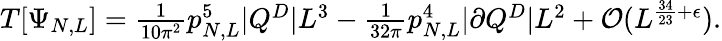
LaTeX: \begin{array}{r}{T[\Psi_{N,L}]=\frac{1}{10\pi^{2}}p_{N,L}^{5}|Q^{D}|L^{3}-\frac{1}{32\pi}p_{N,L}^{4}|\partial Q^{D}|L^{2}+\mathcal{O}(L^{\frac{34}{23}+\epsilon}).}\end{array}